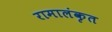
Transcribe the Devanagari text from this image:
रामालंकृत